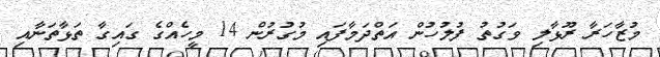
މުޒާހަރާ ރޫޅާލި ވަގުތު ފުލުހުން އަތްދަމާފައި މުގުރުން 14 މީހެއްގެ ގައިގާ ތަޅާތަނާއި